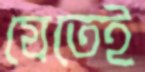
যেতেই